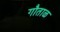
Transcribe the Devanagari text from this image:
गौताळ